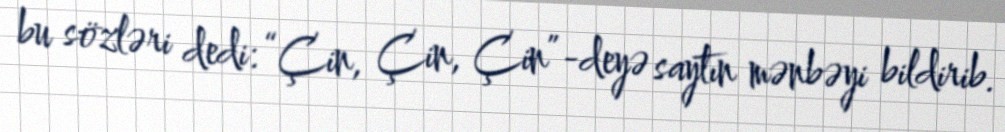
bu sözləri dedi: “Çin, Çin, Çin”-deyə saytın mənbəyi bildirib.